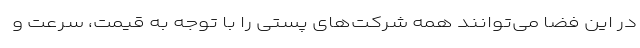
در این فضا می‌توانند همه شرکت‌های پستی را با توجه به قیمت، سرعت و